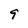
Character: 9